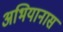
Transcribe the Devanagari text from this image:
अभियानास